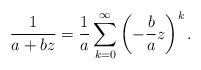
LaTeX: \begin{align*}\frac{1}{a +b z} = \frac{1}{a} \sum_{k=0}^{\infty} \left(- \frac{b}{a} z \right)^k.\end{align*}